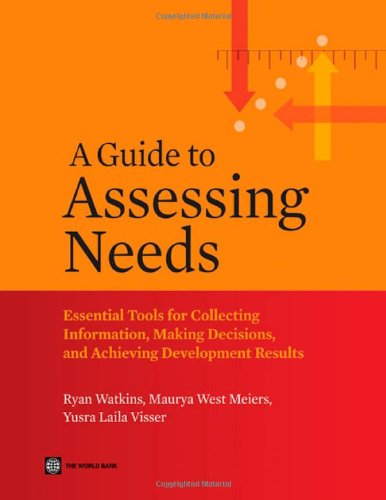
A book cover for A Guide to Assessing Needs: Essential Tools for Collecting Information, Making Decisions, and Achieving Development Results (World Bank Training Series); Ryan Watkins; Business & Money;